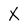
Character: x